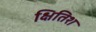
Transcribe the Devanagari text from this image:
क्षितिश